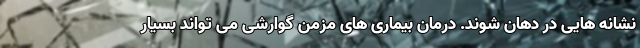
نشانه هایی در دهان شوند. درمان بیماری های مزمن گوارشی می تواند بسیار